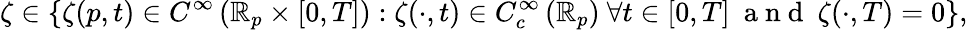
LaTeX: \zeta\in\left\{ \zeta(p,t)\in C^{\infty}\left(\mathbb{R}_{p}\times[0,T]\right):\zeta(\cdot,t)\in C_{c}^{\infty}\left(\mathbb{R}_{p}\right)\ \forall t\in[0,T]\ \mathrm{~a~n~d~}\ \zeta(\cdot,T)=0\right\} ,